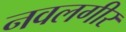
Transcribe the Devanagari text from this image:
नवलगीर